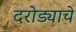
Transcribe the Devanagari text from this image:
दरोड्याचे